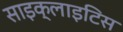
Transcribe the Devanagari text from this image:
साइक्लाइटिस